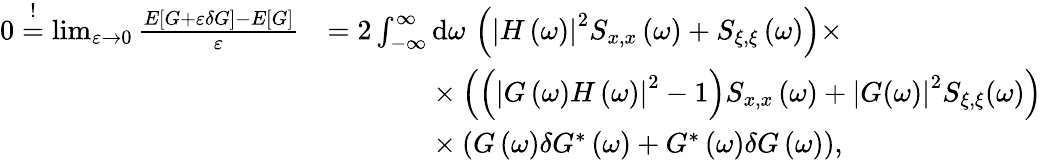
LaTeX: \begin{array}{rl}{0\stackrel{!}{=}\operatorname*{lim}_{\varepsilon\to 0}\frac{E\left[G+\varepsilon\delta G\right]-E\left[G\right]}{\varepsilon}}&{=2\int_{-\infty}^{\infty}\mathrm{d}\omega\, \left(\left|H\left(\omega\right)\right|^{2}S_{x,x}\left(\omega\right)+S_{\xi,\xi}\left(\omega\right)\right)\times}\\ &{\hphantom{=2\int_{-\infty}^{\infty}}\times\left(\left(\left|G\left(\omega\right)H\left(\omega\right)\right|^{2}-1\right)S_{x,x}\left(\omega\right)+\left|G(\omega)\right|^{2}S_{\xi,\xi}(\omega)\right)}\\ &{\hphantom{=2\int_{-\infty}^{\infty}}\times\left(G\left(\omega\right)\delta G^{*}\left(\omega\right)+G^{*}\left(\omega\right)\delta G\left(\omega\right)\right),}\end{array}